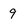
Character: 9